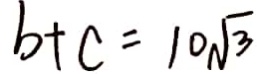
b + c = 1 0 \sqrt { 3 }